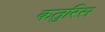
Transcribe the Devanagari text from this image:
कतुरिस